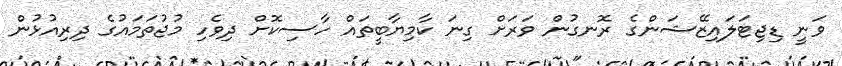
ވަނީ ޑިޖިޓަލައިޒޭޝަންގެ ރޮނގުން ވަރަށް ގިނަ ކާމިޔާބީތައް ހާސިކޮށް ދިވެހި މުޖުތަމައުގެ ދިރިއުޅުން